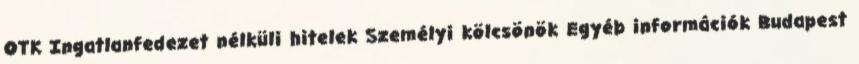
OTK Ingatlanfedezet nélküli hitelek Személyi kölcsönök Egyéb információk Budapest